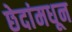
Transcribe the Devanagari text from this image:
छेदांमधून